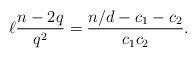
LaTeX: \begin{align*}\ell \frac{n-2q}{q^2} = \frac{n/d - c_1 - c_2}{c_1 c_2}.\end{align*}